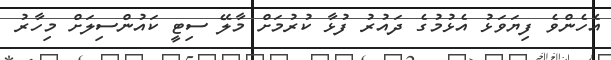
އެހެންވެ ފިޔަވަޅު އެޅުމުގެ ދައުރު ފުޅާ ކުރުމަށް މާލޭ ސިޓީ ކައުންސިލަށް މިހާރު